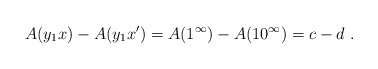
\begin{align*}A(y_1x) - A(y_1x') = A(1^\infty) - A(10^\infty) = c - d \ .\end{align*}